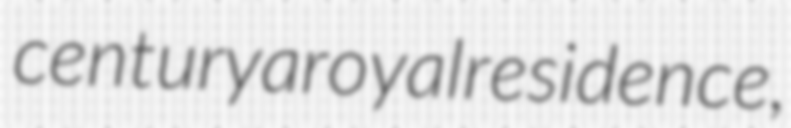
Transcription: century a royal residence,